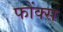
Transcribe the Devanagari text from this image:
फोंक्स